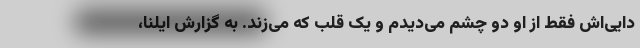
دایی‌اش فقط از او دو چشم می‌دیدم و یک قلب که می‌زند. به گزارش ایلنا،